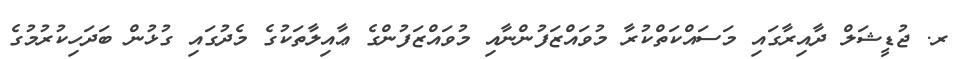
ރ. ޖުޑީޝަލް ދާއިރާގައި މަސައްކަތްކުރާ މުވައްޒަފުންނާއި މުވައްޒަފުންގެ ޢާއިލާތަކުގެ މެދުގައި ގުޅުން ބަދަހިކުރުމުގެ